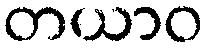
တယာဝ